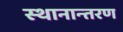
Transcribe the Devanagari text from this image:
स्‍थानान्‍तरण